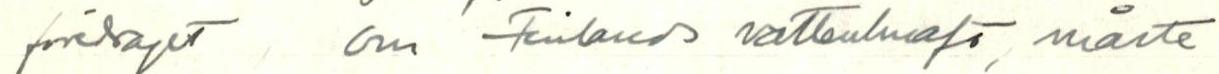
föresaget om Finlands vattenlusasö, måste